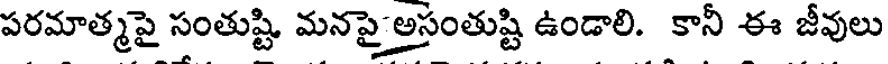
పరమాత్మపై సంతుష్టి మనపై అసంతుష్టి ఉండాలి. కానీ ఈ జీవులు